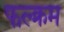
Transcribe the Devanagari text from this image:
फल्क्रम